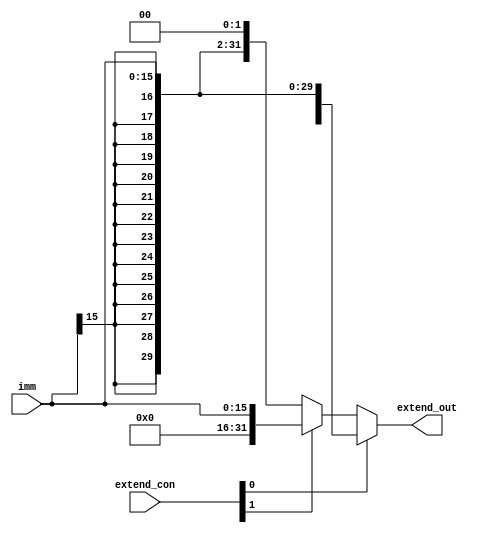
module signext(
    input wire [15:0] imm,
    input wire [2:0] extend_con,
    output wire [31:0] extend_out
    );
/*====================Variable Declaration====================*/
wire [31:0] out0,out1,out2;
/*====================Function Code====================*/
assign out0 = {{16{imm[15]}},imm};
assign out1 = {16'b0,imm};
assign out2 = {{14{imm[15]}},imm,2'b0};
assign extend_out = extend_con[0] ? out0 :
                    extend_con[1] ? out1 : out2;
endmodule